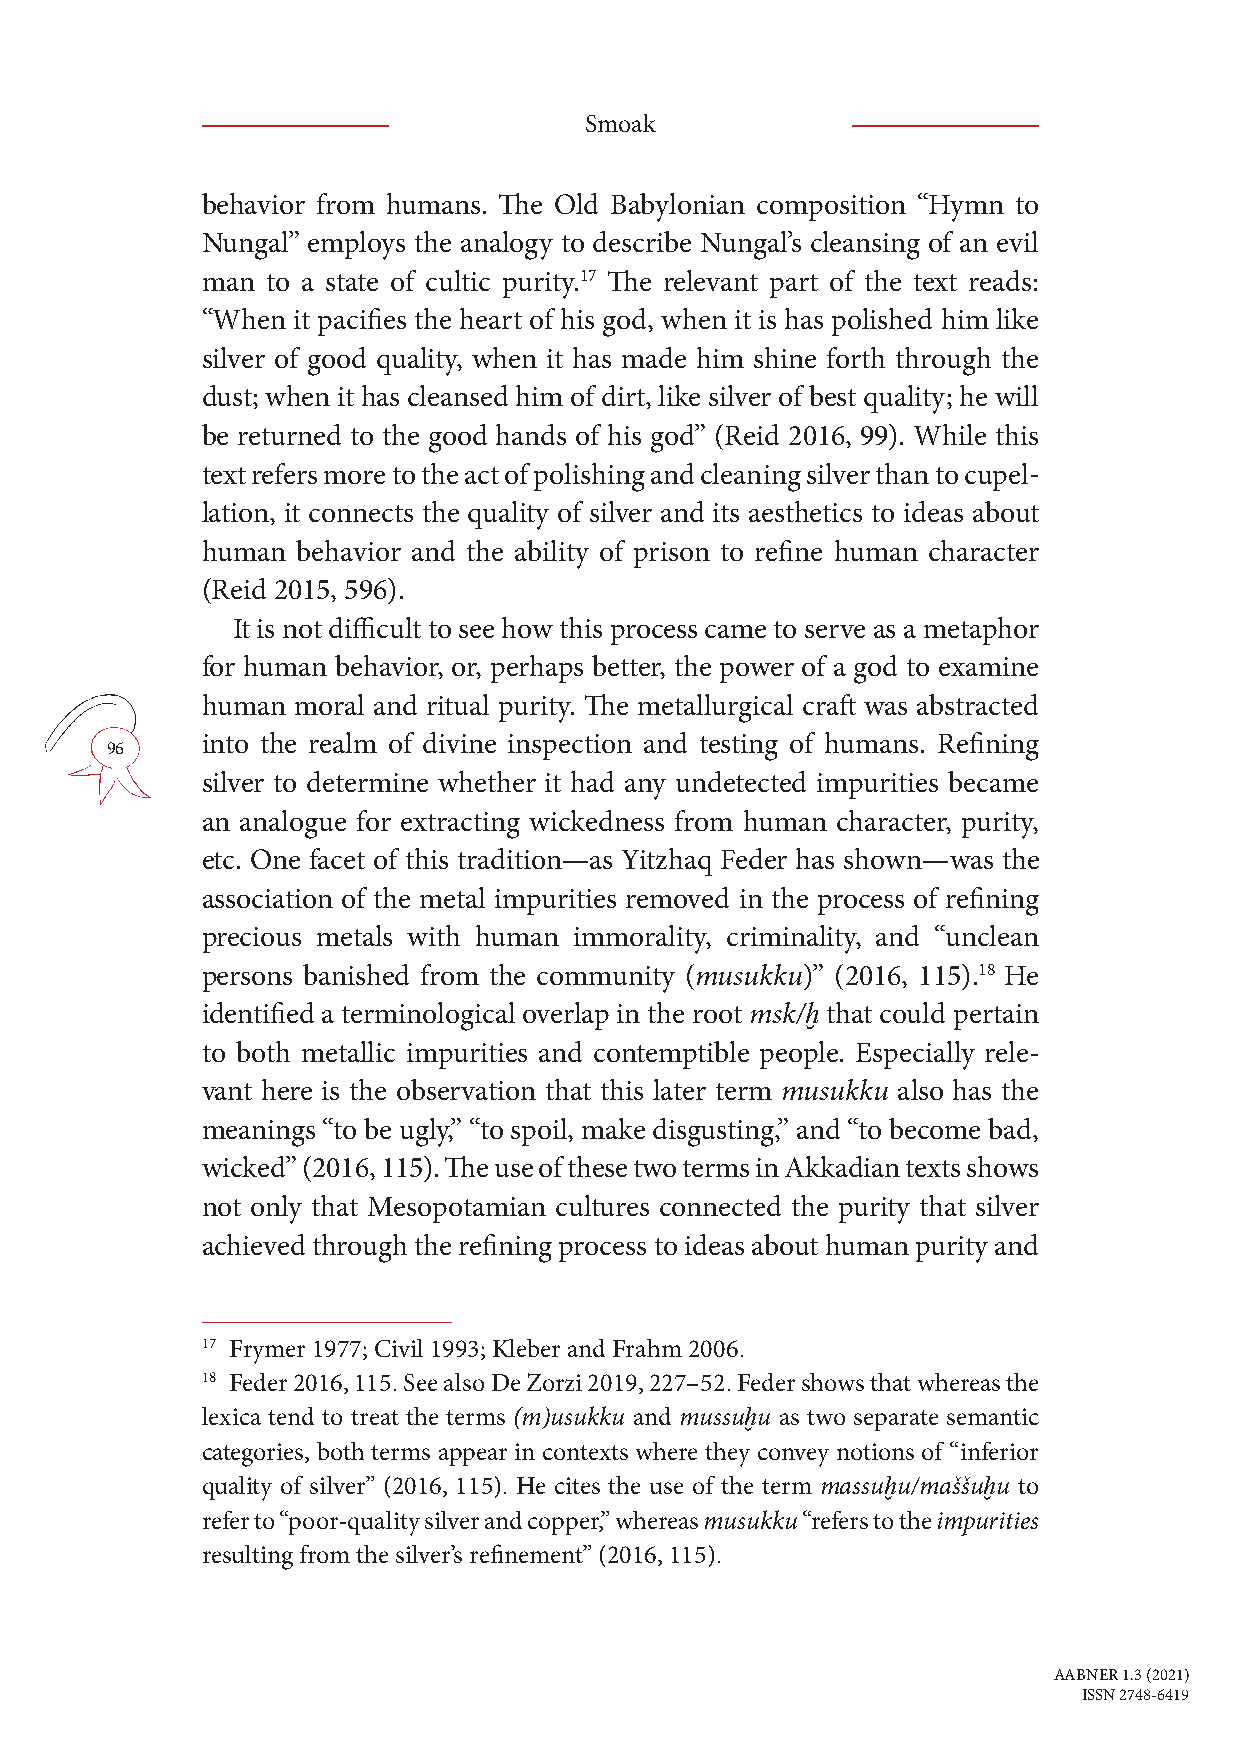
Smoak
 behavior from humans. The Old Babylonian composition “Hymn to
 Nungal” employs the analogy to describe Nungal’s cleansing of an evil
 man  to a state of cultic purity.17 The relevant part of the text reads:
 “When it pacifies the heart of his god, when it is has polished him like
 silver of good quality, when it has made him shine forth through the
 dust; when it has cleansed him of dirt, like silver of best quality; he will
 be returned to the good hands of his god” (Reid 2016, 99). While this
 text refers more to the act of polishing and cleaning silver than to cupel-
 lation, it connects the quality of silver and its aesthetics to ideas about
 human  behavior and the ability of prison to refine human character
 (Reid 2015, 596).
 It is not difficult to see how this process came to serve as a metaphor
 for human behavior, or, perhaps better, the power of a god to examine
 human moral and ritual purity. The metallurgical craft was abstracted
 into the realm of divine inspection and testing of humans. Refining
 96
 silver to determine whether it had any undetected impurities became
 an analogue for extracting wickedness from human character, purity,
 etc. One facet of this tradition—as Yitzhaq Feder has shown—was the
 association of the metal impurities removed in the process of refining
 precious metals with human immorality, criminality, and “unclean
 persons banished from the community (musukku)” (2016, 115).18 He
 identified a terminological overlap in the root msk/ḫ that could pertain
 to both metallic impurities and contemptible people. Especially rele-
 vant here is the observation that this later term musukku also has the
 meanings “to be ugly,” “to spoil, make disgusting,” and “to become bad,
 wicked” (2016, 115). The use of these two terms in Akkadian texts shows
 not only that Mesopotamian cultures connected the purity that silver
 achieved through the refining process to ideas about human purity and
 17 Frymer 1977; Civil 1993; Kleber and Frahm 2006.
 18 Feder 2016, 115. See also De Zorzi 2019, 227–52. Feder shows that whereas the
 lexica tend to treat the terms (m)usukku and mussuḫu as two separate semantic
 categories, both terms appear in contexts where they convey notions of “inferior
 quality of silver” (2016, 115). He cites the use of the term massuḫu/maššuḫu to
 refer to “poor-quality silver and copper,” whereas musukku “refers to the impurities
 resulting from the silver’s refinement” (2016, 115).
 AABNER 1.3 (2021)
 ISSN 2748-6419